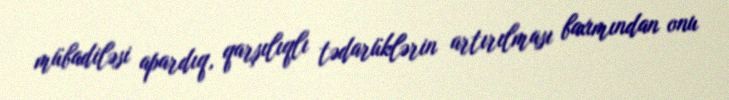
mübadiləsi apardıq, qarşılıqlı tədarüklərin artırılması baxımından onu